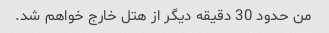
من حدود 30 دقیقه دیگر از هتل خارج خواهم شد.